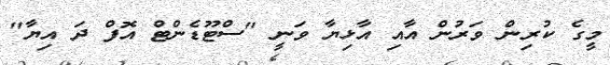
މީގެ ކުރިން ވަރުން އާއި އާޅިޔާ ވަނީ "ސްޓޫޑެންޓް އޮފް ދަ އިޔާ"